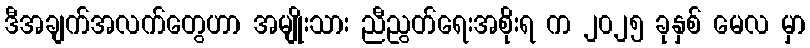
ဒီအချက်အလက်တွေဟာ အမျိုးသား ညီညွတ်ရေးအစိုးရ က ၂၀၂၅ ခုနှစ် မေလ မှာ